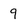
Character: q